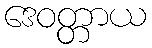
ဒေဝတ္တာယ